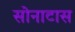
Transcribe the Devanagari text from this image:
सोनाटास